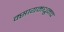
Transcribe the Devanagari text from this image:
क्सायमधूनच